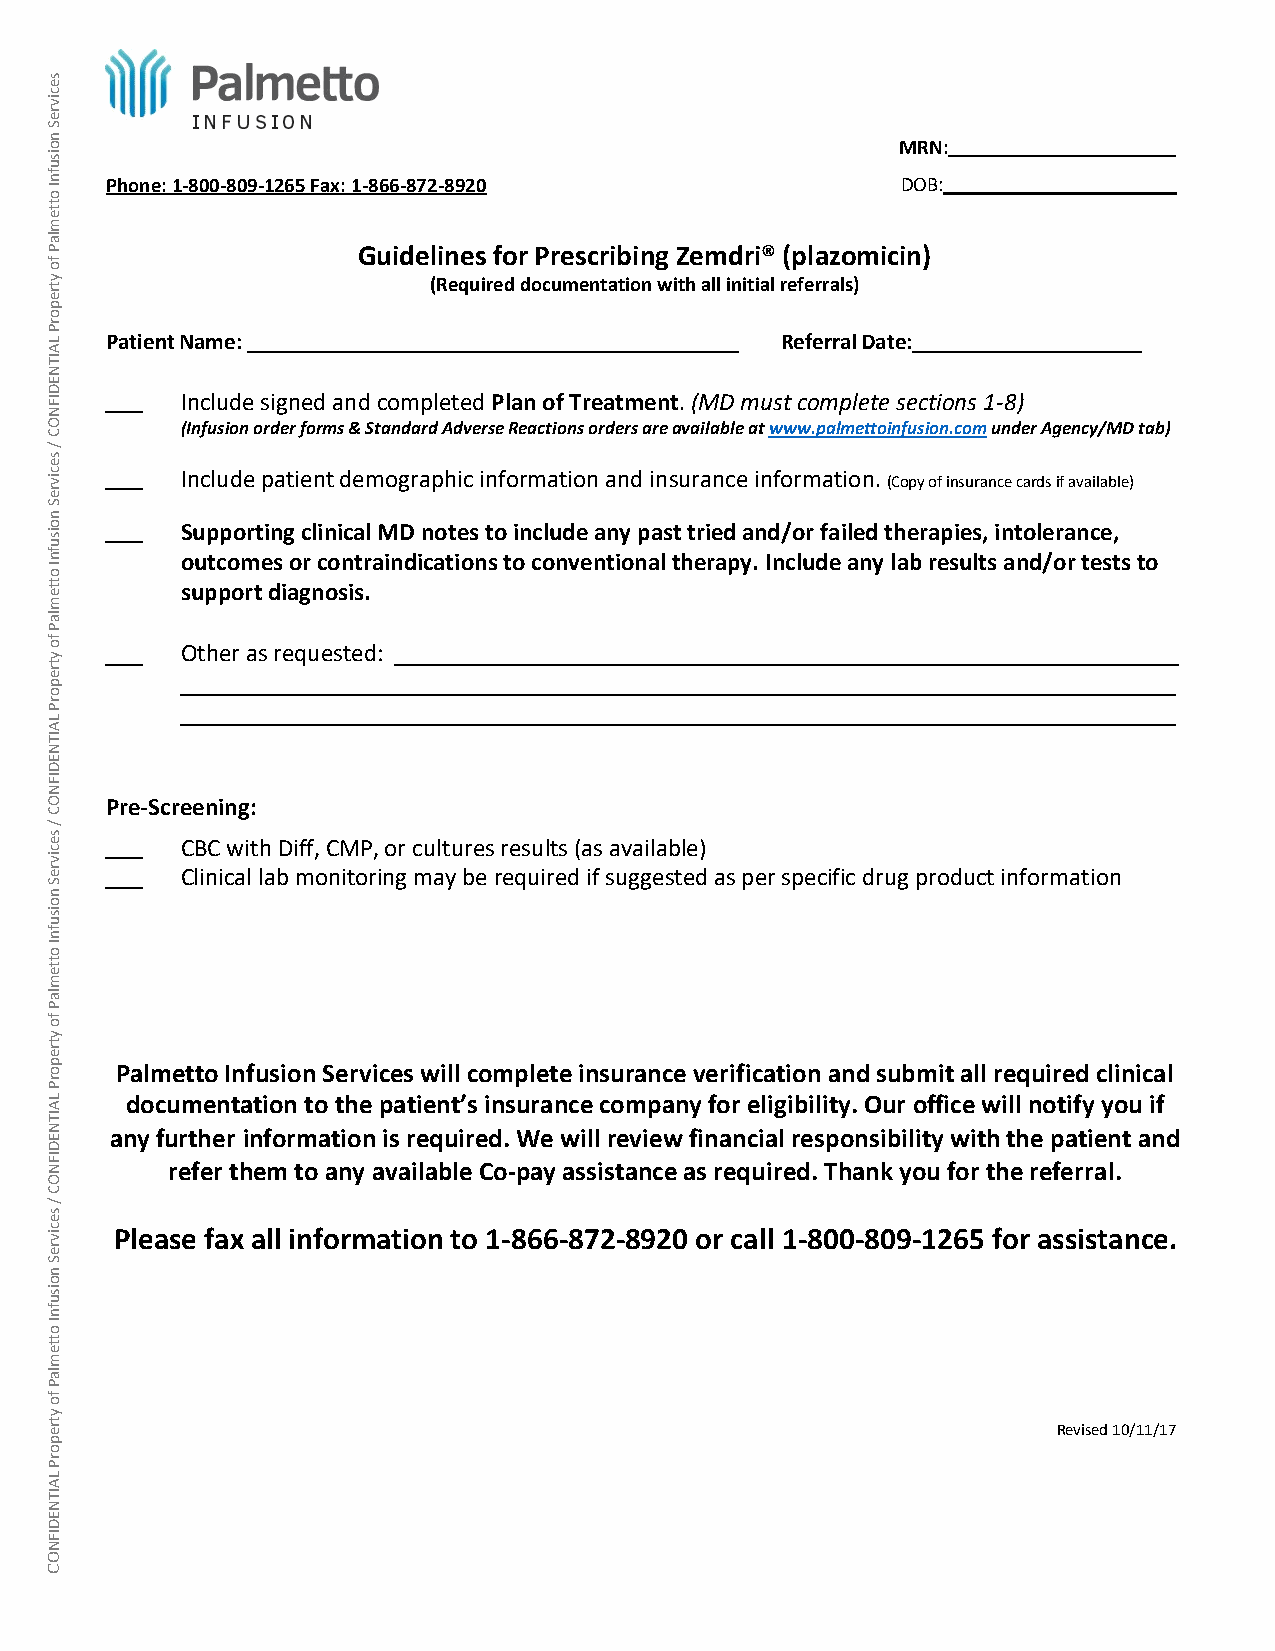
MRN:
 Phone: 1‐800‐809‐1265 Fax: 1 ‐866‐872‐8920           DOB:
 Guidelines for Prescribing Zemdri® (plazomicin)
 (Required documentation with all initial referrals)
 Patient Name:                                Referral Date:
 Include signed and completed Plan of Treatment. (MD must complete sections 1‐8)
 (Infusion order forms & Standard Adverse Reactions orders are available at www.palmettoinfusion.com under Agency/MD tab)
 Include patient demographic information and insurance information. (Copy of insurance cards if available)
 Supporting clinical MD notes to include any past tried and/or failed therapies, intolerance,
 outcomes or contraindications to conventional therapy. Include any lab results and/or tests to
 support diagnosis.
 Other as requested:
 Pre‐Screening:
 CBC with Diff, CMP, or cultures results (as available)
 Clinical lab monitoring may be required if suggested as per specific drug product information
 Palmetto Infusion Services will complete insurance verification and submit all required clinical
 documentation to the patient’s insurance company for eligibility. Our office will notify you if
 any further information is required. We will review financial responsibility with the patient and
 refer them to any available Co‐pay assistance as required. Thank you for the referral.
 Please fax all information to 1‐866‐872‐8920 or call 1‐800‐809‐1265 for assistance.
 Revised 10/11/17
 secivreS
 noisufnI
 ottemlaP
 fo
 ytreporP
 LAITNEDIFNOC
 /
 secivreS
 noisufnI
 ottemlaP
 fo
 ytreporP
 LAITNEDIFNOC
 /
 secivreS
 noisufnI
 ottemlaP
 fo
 ytreporP
 LAITNEDIFNOC
 /
 secivreS
 noisufnI
 ottemlaP
 fo
 ytreporP
 LAITNEDIFNOC